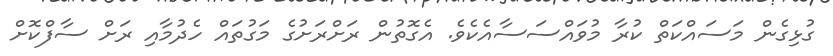
ގުޅިގެން މަސައްކަތް ކުރާ މުވައްސަސާއެކެވެ. އެގޮތުން ރަށްރަށުގެ މަގުތައް ހެދުމާއި ރަށް ސާފްކޮށް